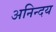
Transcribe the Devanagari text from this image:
अनिन्दय